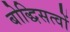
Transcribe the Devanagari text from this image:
बोद्धिसत्वों